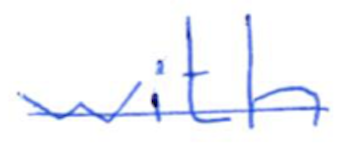
Text: with
Cross-out: single-line
Writing tool: ballpoint